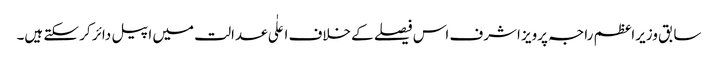
سابق وزیراعظم راجہ پرویز اشرف اس فیصلے کے خلاف اعلٰی عدالت میں اپیل دائر کر سکتے ہیں۔